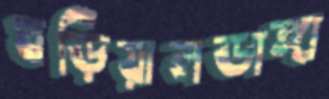
ঘড়িয়ালডাঙ্গা